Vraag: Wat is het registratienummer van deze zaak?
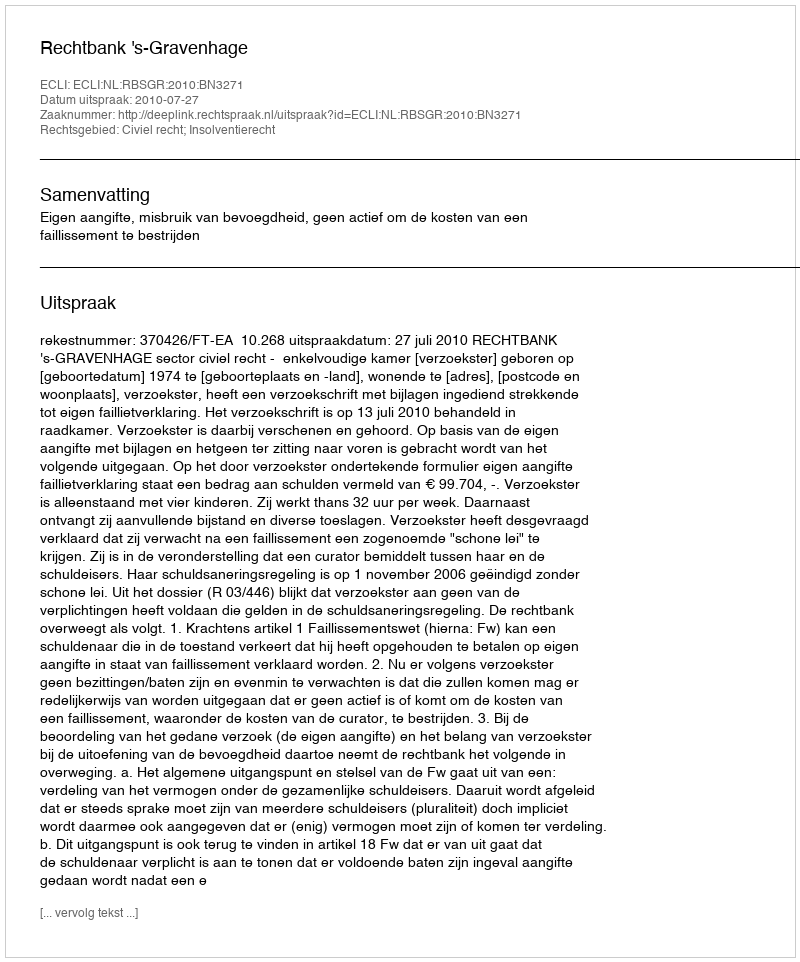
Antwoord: http://deeplink.rechtspraak.nl/uitspraak?id=ECLI:NL:RBSGR:2010:BN3271